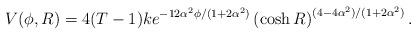
LaTeX: \begin{align*}V(\phi,R) = 4(T-1)k e^{-12\alpha^2\phi/(1+2\alpha^2)}\left(\cosh R \right)^{(4-4\alpha^2)/(1+2\alpha^2)}.\end{align*}